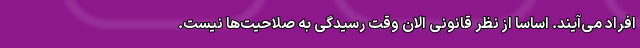
افراد می‌آیند. اساساً از نظر قانونی الان وقت رسیدگی به صلاحیت‌ها نیست.